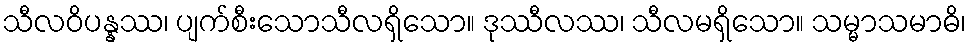
သီလဝိပန္နဿ၊ ပျက်စီးသောသီလရှိသော။ ဒုဿီလဿ၊ သီလမရှိသော။ သမ္မာသမာဓိ၊